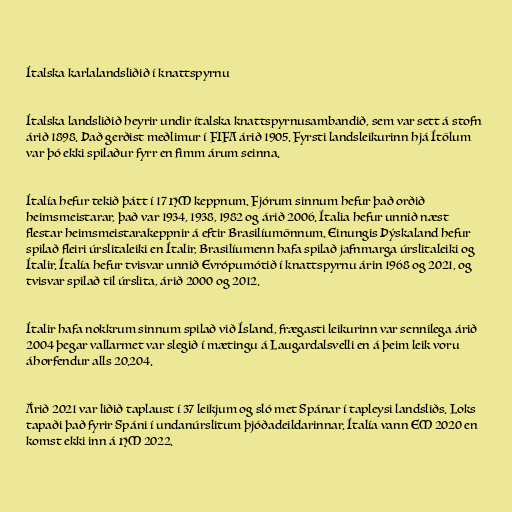
Ítalska karlalandsliðið í knattspyrnu

Ítalska landsliðið heyrir undir ítalska knattspyrnusambandið, sem var sett á stofn
árið 1898. Það gerðist meðlimur í FIFA árið 1905. Fyrsti landsleikurinn hjá Ítölum
var þó ekki spilaður fyrr en fimm árum seinna.

Ítalía hefur tekið þátt í 17 HM keppnum. Fjórum sinnum hefur það orðið
heimsmeistarar, það var 1934, 1938, 1982 og árið 2006. Ítalia hefur unnið næst
flestar heimsmeistarakeppnir á eftir Brasilíumönnum. Einungis Þýskaland hefur
spilað fleiri úrslitaleiki en Ítalir, Brasilíumenn hafa spilað jafnmarga úrslitaleiki og
Ítalir. Ítalía hefur tvisvar unnið Evrópumótið í knattspyrnu árin 1968 og 2021, og
tvisvar spilað til úrslita, árið 2000 og 2012.

Ítalir hafa nokkrum sinnum spilað við Ísland, frægasti leikurinn var sennilega árið
2004 þegar vallarmet var slegið í mætingu á Laugardalsvelli en á þeim leik voru
áhorfendur alls 20.204.

Árið 2021 var liðið taplaust í 37 leikjum og sló met Spánar í tapleysi landsliðs. Loks
tapaði það fyrir Spáni í undanúrslitum þjóðadeildarinnar. Ítalía vann EM 2020 en
komst ekki inn á HM 2022.